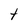
Character: t